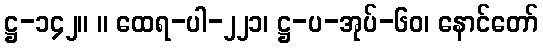
ဋ္ဌ-၁၄၂။ ။ ထေရ-ပါ-၂၂၁၊ ဋ္ဌ-ပ-အုပ်-၆၀၊ နောင်တော်